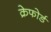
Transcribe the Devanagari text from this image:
क्रेफोर्ड